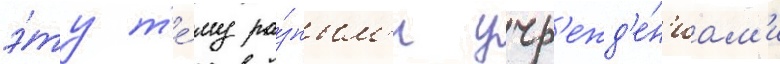
э́ту т'е́му ра́зным'и учр'ежд'е́н'иам'и